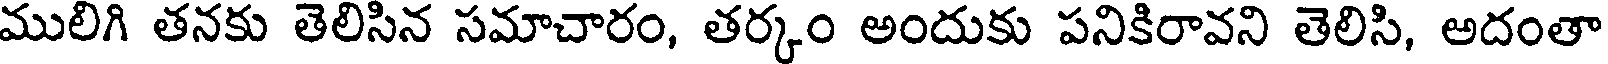
ములిగి తనకు తెలిసిన సమాచారం, తర్కం అందుకు పనికిరావని తెలిసి, అదంతా